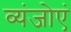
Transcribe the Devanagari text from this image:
व्यंजोएं